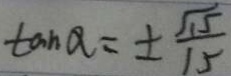
\tan \alpha = \pm \frac { \sqrt { 1 5 } } { 1 5 }